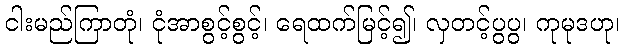
ငါးမည်ကြာတုံ၊ ငုံအာစွင့်စွင့်၊ ရေထက်မြင့်၍၊ လှတင့်ပွပွ၊ ကုမုဒဟု၊